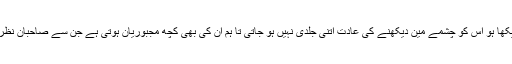
جس کو آپ نے اک مدت تک بغیر چشمے کے دیکھا ہو اس کو چشمے مین دیکھنے کی عادت اتنی جلدی نہیں ہو جاتی تا ہم ان کی بھی کچھ مجبوریان ہوتی ہے جن سے صاحبان نظر آگاہ نہیں ہوتے یا پھر صرف نظر کر جاتے ہیں۔